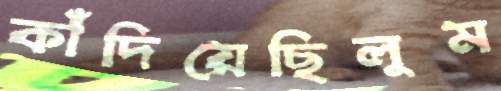
কাঁদিয়েছিলুম